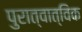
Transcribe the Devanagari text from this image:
पुरात्वात्विक